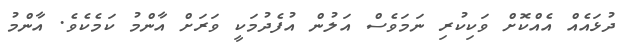
ދުޅައެއް އެއްކޮށް ވަކިކުރި ނަމަވެސް އަލުން އުފެދުމަކީ ވަރަށް އާންމު ކަމެކެވެ. އާންމު